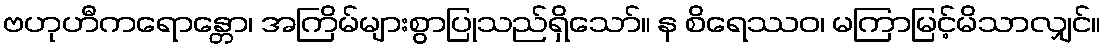
ဗဟုဟီကရောန္တော၊ အကြိမ်များစွာပြုသည်ရှိသော်။ န စိရေဿဝ၊ မကြာမြင့်မိသာလျှင်။